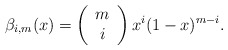
\begin{align*} \beta_{i,m}(x)=\left(\begin{array}{c} m \\ i\end{array}\right) x^i(1-x)^{m-i}.\end{align*}